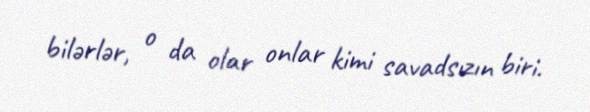
bilərlər, o da olar onlar kimi savadsızın biri.